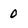
Character: 0